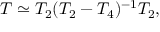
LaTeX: T \simeq T _ { 2 } ( T _ { 2 } - T _ { 4 } ) ^ { - 1 } T _ { 2 } ,